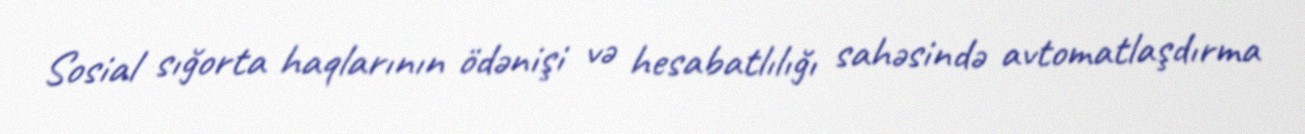
Sosial sığorta haqlarının ödənişi və hesabatlılığı sahəsində avtomatlaşdırma